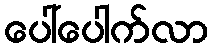
ပေါ်ပေါက်လာ